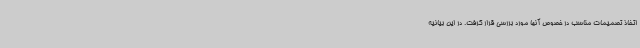
اتخاذ تصمیمات مناسب در خصوص آنها مورد بررسی قرار گرفت. در این بیانیه